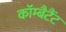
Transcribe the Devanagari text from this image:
कॉम्बैटैंट